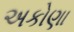
અકોણા